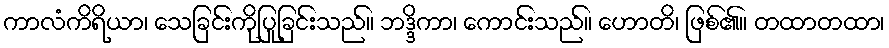
ကာလံကိရိယာ၊ သေခြင်းကိုပြုခြင်းသည်။ ဘဒ္ဒိကာ၊ ကောင်းသည်။ ဟောတိ၊ ဖြစ်၏။ တထာတထာ၊